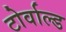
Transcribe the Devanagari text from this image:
टोर्वाल्ड